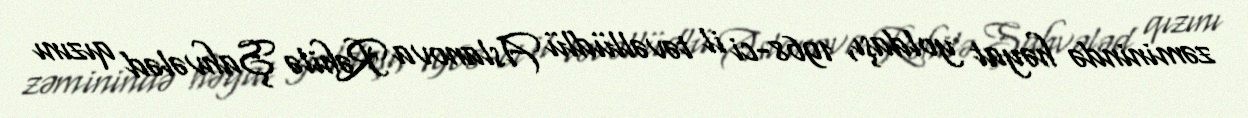
zəminində həyat yoldaşı, 1968-ci il təvəllüdlü Aslanova Rəhilə Şahvələd qızını